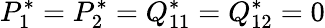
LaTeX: P_{1}^{*}=P_{2}^{*}=Q_{11}^{*}=Q_{12}^{*}=0